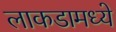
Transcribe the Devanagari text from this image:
लाकडामध्ये